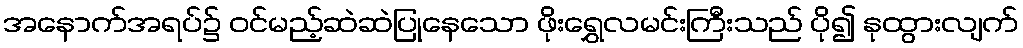
အနောက်အရပ်၌ ဝင်မည့်ဆဲဆဲပြုနေသော ဖိုးရွှေလမင်းကြီးသည် ပို၍ နုထွားလျက်